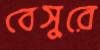
বেসুরে